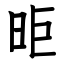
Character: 昛